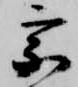
宗